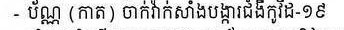
- ប័ណ្ណ ( កាត ) ចាក់វ៉ាក់សាំងបង្ការជំងឺកូវីដ-១៩